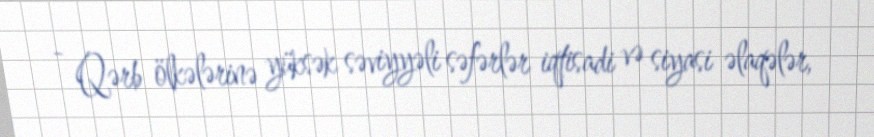
- Qərb ölkələrinə yüksək səviyyəli səfərlər iqtisadi və siyasi əlaqələr,